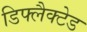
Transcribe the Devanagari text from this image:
डिफ्लैक्टेड